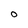
Character: 0